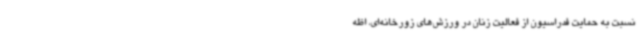
نسبت به حمایت فدراسیون از فعالیت زنان در ورزش‌های زورخانه‌ای، اظه